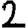
Digit: 2